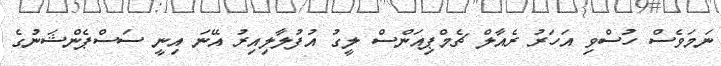
ނަމަވެސް ހުސްވި އަހަރު ރެއާލް ޗެމްޕިއަންސް ލީގު އުފުލާލިއިރު އޭނަ އިނީ ސަސްޕެންޝަނުގެ